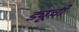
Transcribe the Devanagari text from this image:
ड्यूची